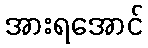
အားရအောင်